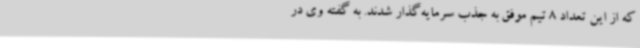
که از این تعداد 8 تیم موفق به جذب سرمایه‌گذار شدند. به گفته وی در